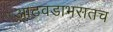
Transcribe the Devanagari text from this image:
आठवडाभरातच